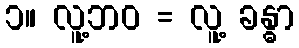
၁။ လူ့ဘဝ = လူ့ ခန္ဓာ